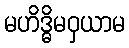
မဟိဒ္ဓိမဝှယာမ